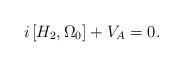
LaTeX: \begin{align*}i\left[ H_2,\Omega_0\right]+V_A=0.\end{align*}